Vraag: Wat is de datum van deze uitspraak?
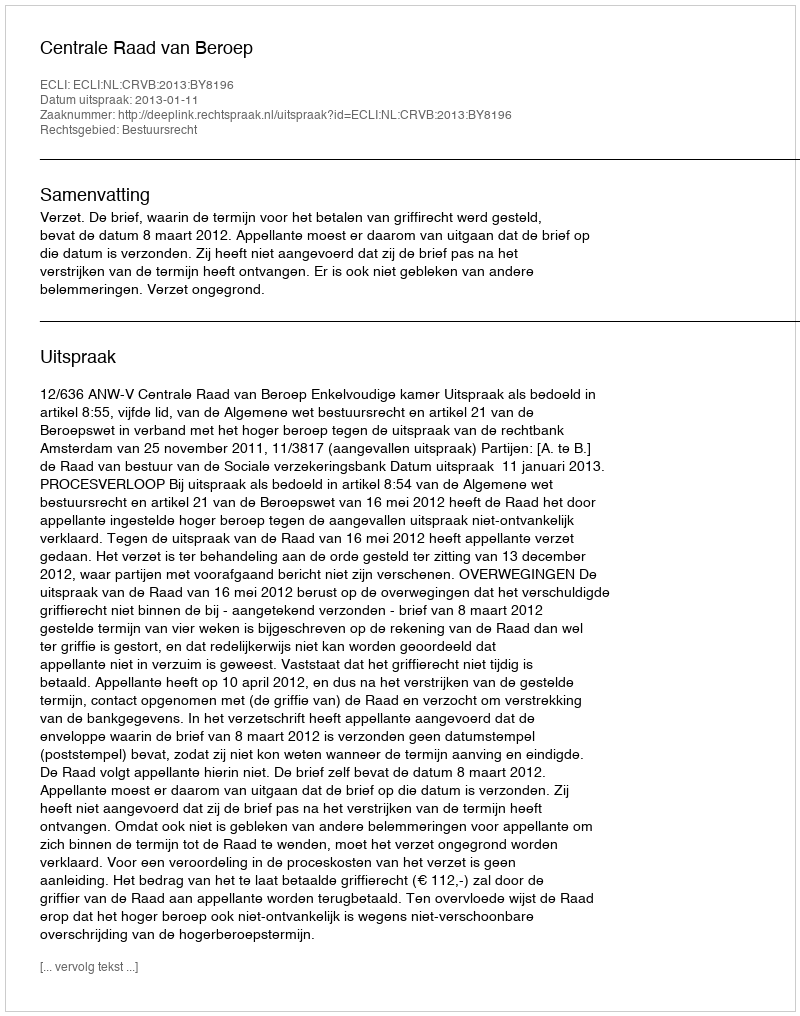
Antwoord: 2013-01-11